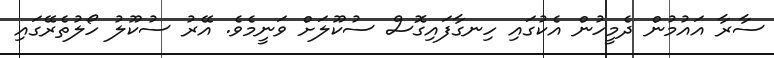
ސާރާ އައުމުން ދެމީހުން އެކުގައި ހިނގާފައިގޮސް ސުކޫލަށް ވަނީމެވެ. އޭރު ސުކޫލު ހޯލުތެރޭގައި